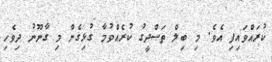
ކުރައްވައިފި އެވެ. މި ބިލް ތަޞްދީގު ކުރެއްވުމާ ގުޅިގެން މި ގާނޫނު ދިވެހި